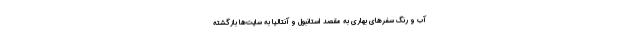
آب و رنگ سفرهای بهاری به مقصد استانبول و آنتالیا به سایت‌ها بازگشته